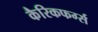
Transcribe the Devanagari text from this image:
कैरिकफर्ग्स